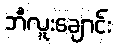
ဘီလူးချောင်း